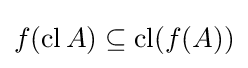
f(\operatorname {cl} A)\subseteq \operatorname {cl} (f(A))